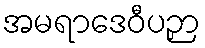
အမရာဒေဝီပဉှာ